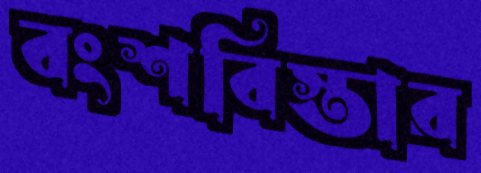
বংশবিস্তার